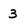
Character: 3